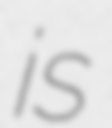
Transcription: is